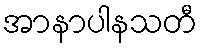
အာနာပါနသတီ